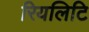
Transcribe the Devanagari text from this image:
रियलिटि